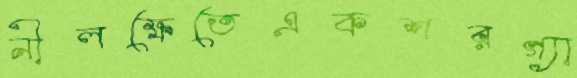
নীলক্ষেতেএকশরগ্যা